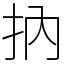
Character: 抐